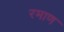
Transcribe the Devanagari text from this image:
रमाण